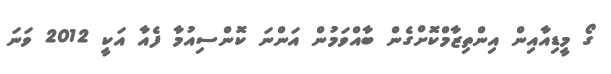
ގޯ މީޑިއާއިން އިންތިޒާމްކޮށްގެން ބާއްވަމުން އަންނަ ކޮންސިއުމާ ފެއާ އަކީ 2012 ވަނަ